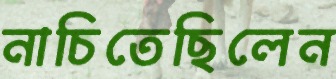
নাচিতেছিলেন